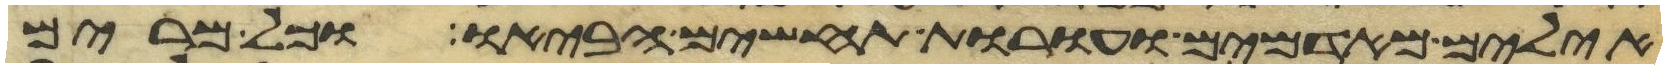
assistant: אילים מאדמים ועורת תחשים הביאו וכל מרים